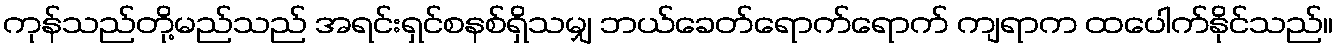
ကုန်သည်တို့မည်သည် အရင်းရှင်စနစ်ရှိသမျှ ဘယ်ခေတ်ရောက်ရောက် ကျရာက ထပေါက်နိုင်သည်။